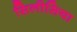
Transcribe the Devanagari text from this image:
सिलीसिया